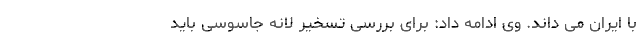
با ایران می داند. وی ادامه داد: برای بررسی تسخیر لانه جاسوسی باید